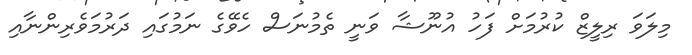
މިލަވަ ރިލީޒް ކުރުމަށް ފަހު އުނޫޝާ ވަނީ ތެމުނަސް ހެވޭގެ ނަމުގައި ދަރުމަވެރިންނާއި